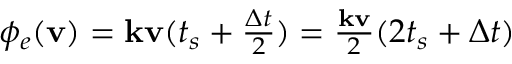
\begin{array} { r } { \phi _ { e } ( \mathbf { v } ) = \mathbf { k } \mathbf { v } ( t _ { s } + \frac { \Delta t } { 2 } ) = \frac { \mathbf { k } \mathbf { v } } { 2 } ( 2 t _ { s } + \Delta t ) } \end{array}